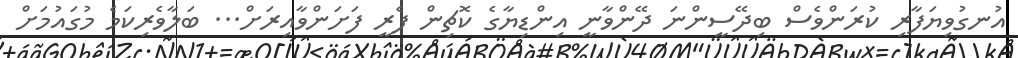
އުނގުވިޔަފާރި ކުރަންވެސް ބިދޭސީންނަ ދޭންވާނީ އިންޑިޔާގެ ކޮޗިން ފެރީ ފަށަންވާއިރަށް... ބަލާވެރިކަމެ މުގައުމަށް